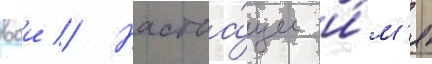
ваи // Настоа́щее и́м'я